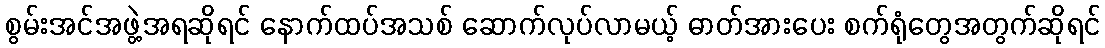
စွမ်းအင်အဖွဲ့အရဆိုရင် နောက်ထပ်အသစ် ဆောက်လုပ်လာမယ့် ဓာတ်အားပေး စက်ရုံတွေအတွက်ဆိုရင်